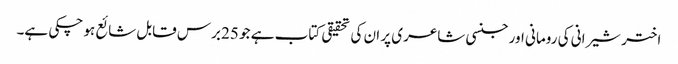
اختر شیرانی کی رومانی اور جنسی شاعری پر ان کی تحقیقی کتاب ہے جو 25 برس قابل شائع ہو چکی ہے۔